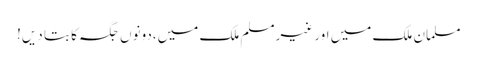
مسلمان ملک میں اور غیرمسلم ملک میں،دونوں جگہ کا بتا دیں!